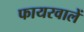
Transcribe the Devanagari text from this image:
फायरवालें